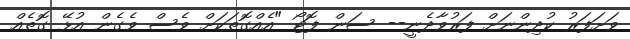
ވަށަފަރު ކުދިންނަށް ފަރުވާދެނީ-- ސަން ފޮޓޯ "އެއްގޮތަކަށް ވެސް ވެގެން އުޅޭ ގޮތެއް